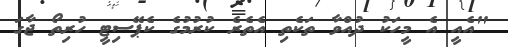
"އެއީ އެ މީހަކު ދުއްވާ ތަކެތި އެެތެރެ ކުރުމުގެ ކެޕޭސިޓީ ހުރިތޯ ޖާގަ